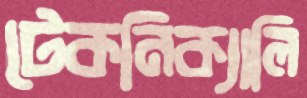
টেকনিক্যালি